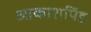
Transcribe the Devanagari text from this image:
आकाशपिंड